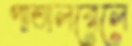
পাতালরেলে